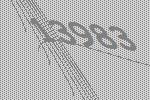
13983